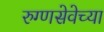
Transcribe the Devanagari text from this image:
रुग्णसेवेच्या